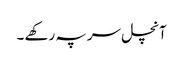
آنچل سر پہ رکھے ۔